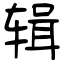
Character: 辑